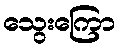
သွေးကြော